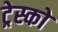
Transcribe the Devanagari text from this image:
ट्रेस्को